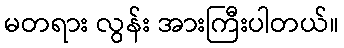
မတရား လွန်း အားကြီးပါတယ်။